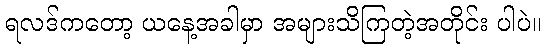
ရလဒ်ကတော့ ယနေ့အခါမှာ အများသိကြတဲ့အတိုင်း ပါပဲ။